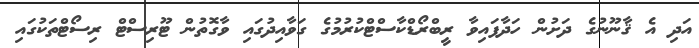
އަދި އެ ޤާނޫނުގެ ދަށުން ހަދާފައިވާ ރީބްރޯޑްކާސްޓްކުރުމުގެ ގަވާއިދުގައި ވާގޮތުން ޓޫރިސްޓް ރިސޯޓްތަކުގައި